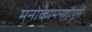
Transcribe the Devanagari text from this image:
मनोकामनाएंपूरी